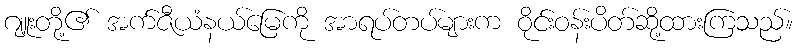
ဂျူးတို့၏ အက်ဇီယံနယ်မြေကို အာရပ်တပ်များက ဝိုင်းဝန်းပိတ်ဆို့ထားကြသည်။